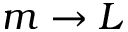
m \to L